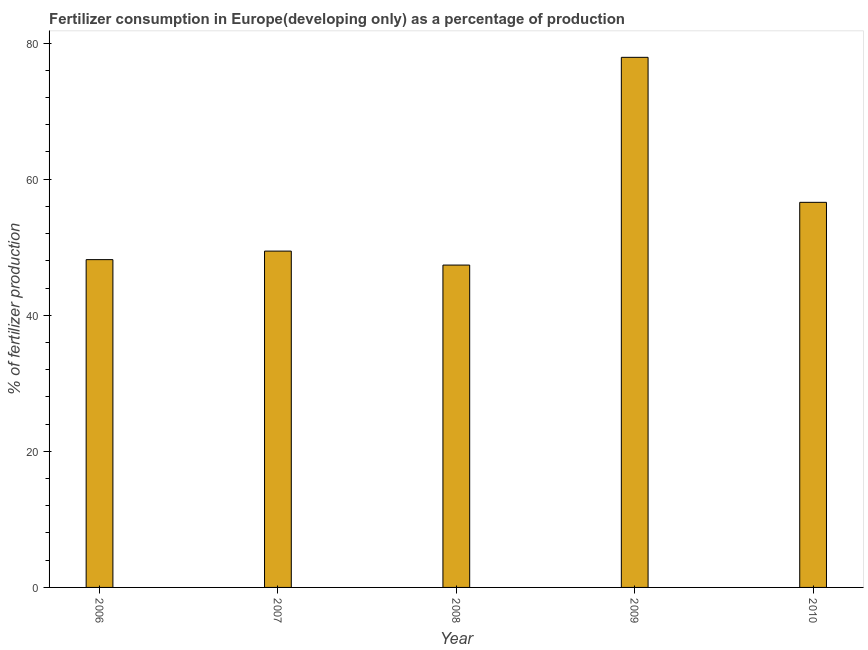
| Year | Fertilizer consumption |
 | --- | --- |
 | 2006 | 48.2 |
 | 2007 | 49.4 |
 | 2008 | 47.4 |
 | 2009 | 77.9 |
 | 2010 | 56.6 |